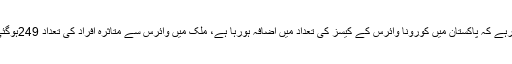
خیال رہے کہ پاکستان میں کورونا وائرس کے کیسز کی تعداد میں اضافہ ہورہا ہے، ملک میں وائرس سے متاثرہ افراد کی تعداد 249ہوگئی ہے۔